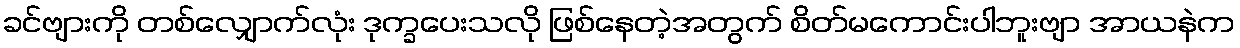
ခင်ဗျားကို တစ်လျှောက်လုံး ဒုက္ခပေးသလို ဖြစ်နေတဲ့အတွက် စိတ်မကောင်းပါဘူးဗျာ အာယနဲက